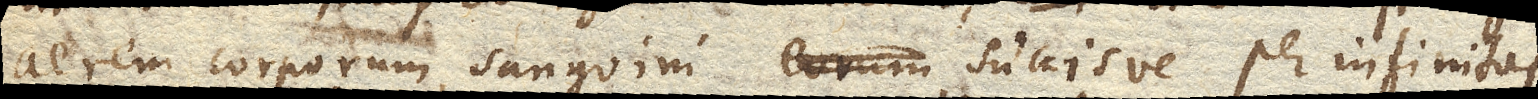
aerem corporum sanguini eorum succisve per infinitas